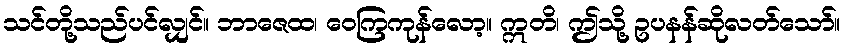
သင်တို့သည်ပင်လျှင်။ ဘာဇေထ၊ ဝေကြကုန်လော့။ ဣတိ၊ ဤသို့ ဥပနန်ဆိုလတ်သော်။